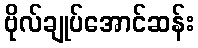
ဗိုလ်ချုပ်အောင်ဆန်း